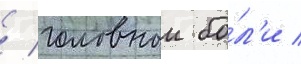
/ головнои бо́л'и /